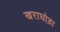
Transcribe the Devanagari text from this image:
खराघोड़ा